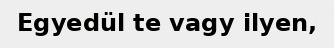
Egyedül te vagy ilyen,